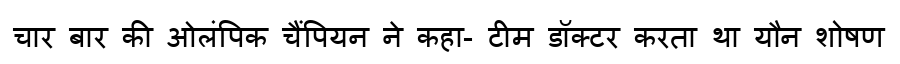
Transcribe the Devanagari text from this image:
चार बार की ओलंपिक चैंपियन ने कहा- टीम डॉक्टर करता था यौन शोषण